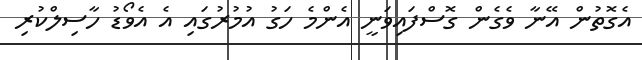
އެގޮތުން އޭނާ ވެގެން ގޮސްފައިވަނީ އެންމެ ހަގު އުމުރުގައި އެ އެވޯޑު ހާސިލްކުރި